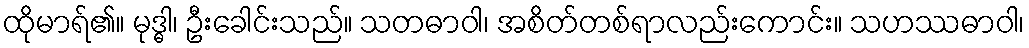
ထိုမာရ်၏။ မုဒ္ဓါ၊ ဦးခေါင်းသည်။ သတဓာဝါ၊ အစိတ်တစ်ရာလည်းကောင်း။ သဟဿဓာဝါ၊